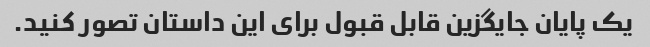
یک پایان جایگزین قابل قبول برای این داستان تصور کنید.